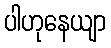
ပါဟုနေယျာ